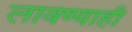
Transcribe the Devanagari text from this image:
लावण्याही